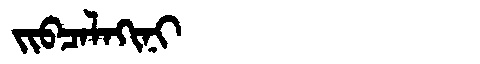
Manchu: ᠵᡳᠪᠴᠠᠯᠠᡴᡳᠨᡳ
Romanization: JIBCALAKINI